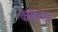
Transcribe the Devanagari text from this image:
कालाज़ार